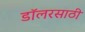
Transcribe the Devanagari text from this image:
डॉलरसाठी